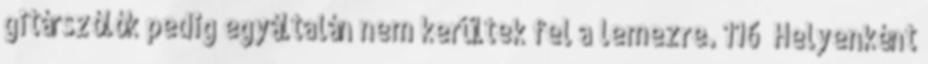
gitárszólók pedig egyáltalán nem kerültek fel a lemezre. 116 Helyenként